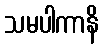
သမပါကာနိ